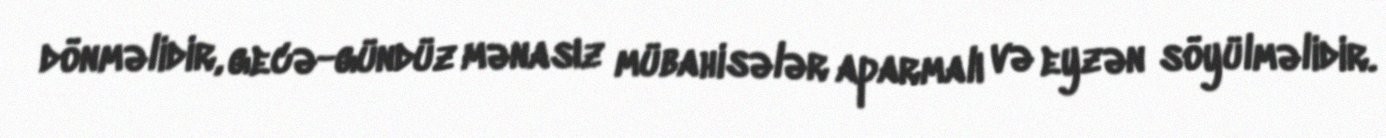
dönməlidir, gecə-gündüz mənasız mübahisələr aparmalı və eyzən söyülməlidir.